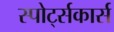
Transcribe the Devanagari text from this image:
स्पोर्ट्सकार्स